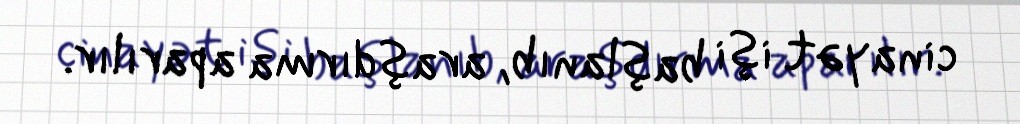
cinayət işi başlanıb, araşdırma aparılır.